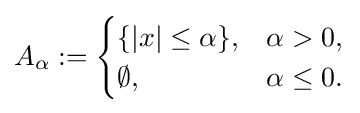
A_{\alpha }:={\begin{cases}\{|x|\leq \alpha \},&\alpha >0,\\\emptyset ,&\alpha \leq 0.\end{cases}}